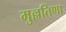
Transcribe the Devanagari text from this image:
मुल्लतिणा